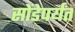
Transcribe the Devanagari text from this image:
सोंडेपर्यंत